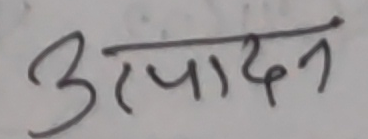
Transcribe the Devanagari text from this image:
उत्पादन